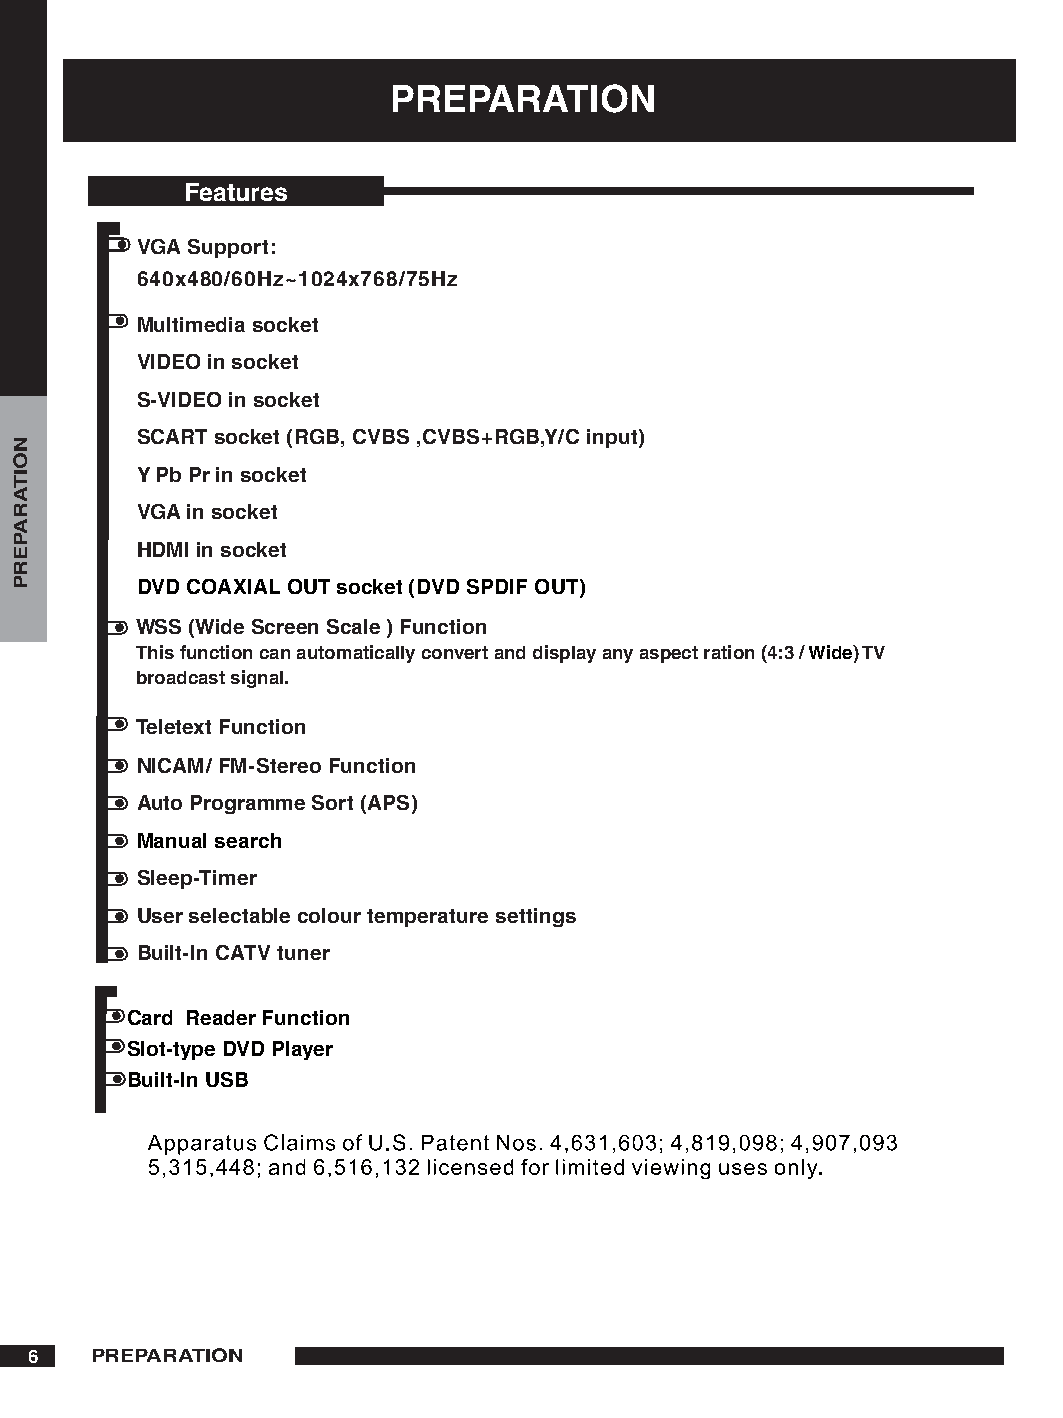
PREPARATION
 Features
 VGA Support:
 60x80/60Hz~0x768/7Hz
 Multimedia socket
 VIDEO in socket
 S-VIDEO in socket
 SCART socket (RGB, CVBS ,CVBS+RGB,Y/C input)
 Y Pb Pr in socket
 VGA in socket
 HDMI in socket
 DVD COAXIAL OUT socket (DVD SPDIF OUT)
 WSS (Wide Screen Scale ) Function
 This function can automatically convert and display any aspect ration (: / Wide) TV
 broadcast signal.
 Teletext Function
 NICAM/ FM-Stereo Function
 Auto Programme Sort (APS)
 Manual search
 Sleep-Timer
 User selectable colour temperature settings
 Built-In CATV tuner
 Card Reader Function
 Slot-type DVD Player
 Built-In USB
 6   PREPARATION
 NOITARAPERP